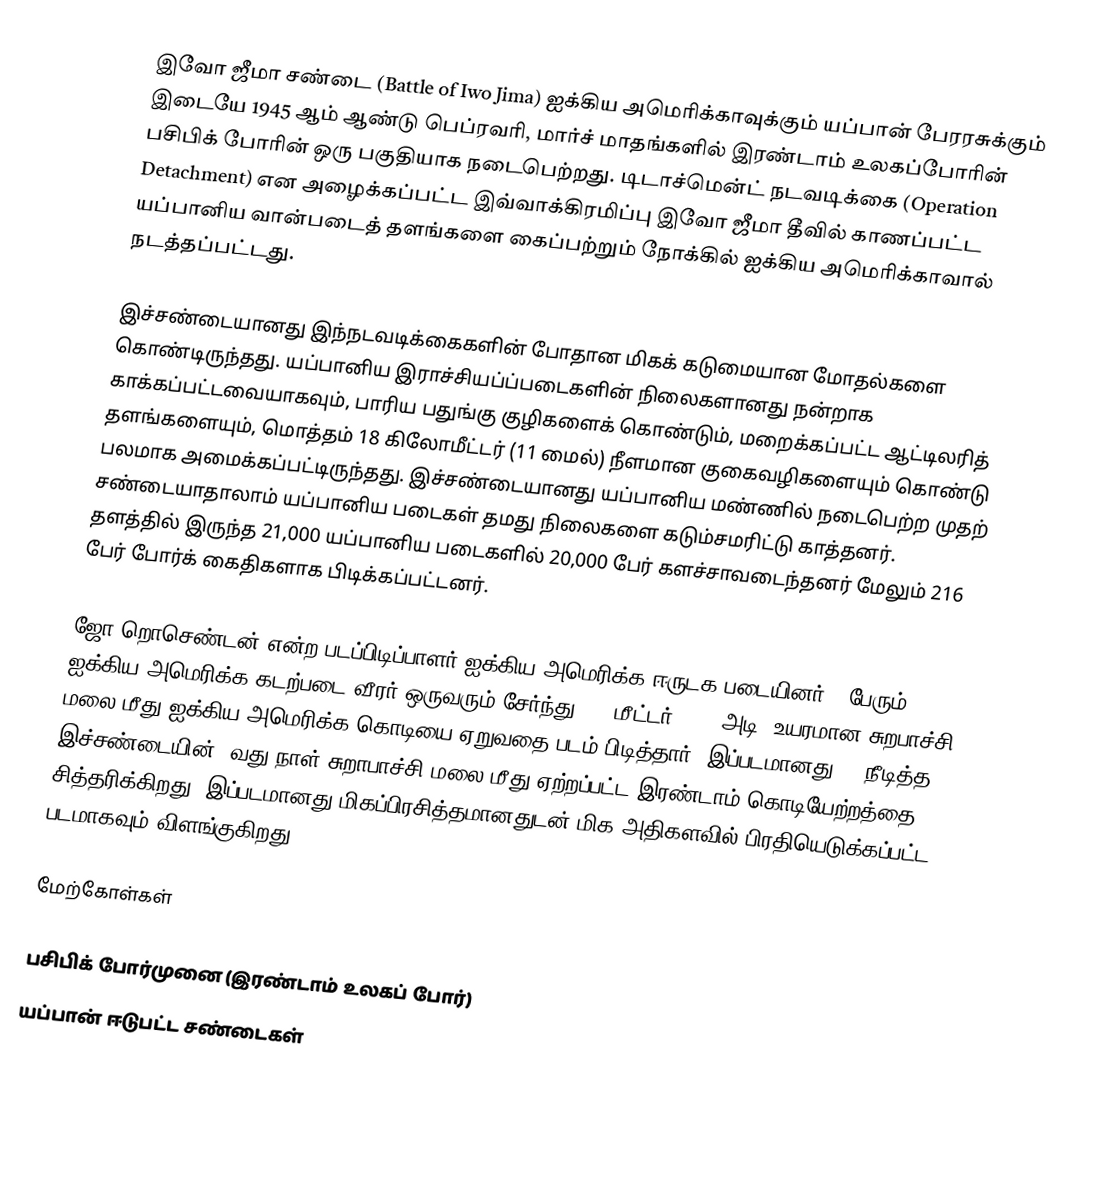
இவோ ஜீமா சண்டை (Battle of Iwo Jima) ஐக்கிய அமெரிக்காவுக்கும் யப்பான் பேரரசுக்கும் இடையே  1945  ஆம் ஆண்டு பெப்ரவரி, மார்ச் மாதங்களில்  இரண்டாம் உலகப்போரின்  பசிபிக் போரின் ஒரு பகுதியாக  நடைபெற்றது.  டிடாச்மென்ட்  நடவடிக்கை (Operation Detachment) என அழைக்கப்பட்ட இவ்வாக்கிரமிப்பு இவோ ஜீமா தீவில் காணப்பட்ட யப்பானிய வான்படைத் தளங்களை கைப்பற்றும் நோக்கில் ஐக்கிய அமெரிக்காவால் நடத்தப்பட்டது.

இச்சண்டையானது இந்நடவடிக்கைகளின் போதான மிகக் கடுமையான மோதல்களை கொண்டிருந்தது. யப்பானிய இராச்சியப்ப்படைகளின்  நிலைகளானது நன்றாக காக்கப்பட்டவையாகவும், பாரிய பதுங்கு குழிகளைக் கொண்டும், மறைக்கப்பட்ட ஆட்டிலரித் தளங்களையும், மொத்தம் 18 கிலோமீட்டர் (11 மைல்) நீளமான குகைவழிகளையும் கொண்டு பலமாக அமைக்கப்பட்டிருந்தது. இச்சண்டையானது யப்பானிய மண்ணில் நடைபெற்ற முதற் சண்டையாதாலாம் யப்பானிய படைகள் தமது நிலைகளை கடும்சமரிட்டு காத்தனர். தளத்தில் இருந்த 21,000 யப்பானிய படைகளில் 20,000 பேர் களச்சாவடைந்தனர் மேலும் 216 பேர் போர்க் கைதிகளாக பிடிக்கப்பட்டனர்.

ஜோ றொசெண்டன் என்ற படப்பிடிப்பாளர் ஐக்கிய அமெரிக்க ஈருடக படையினர் 5 பேரும், ஐக்கிய அமெரிக்க கடற்படை வீரர் ஒருவரும்  சேர்ந்து 166 மீட்டர் (546 அடி) உயரமான சுறபாச்சி மலை மீது ஐக்கிய அமெரிக்க கொடியை ஏறுவதை படம் பிடித்தார். இப்படமானது 35 நீடித்த இச்சண்டையின் 5வது நாள் சுறாபாச்சி மலை மீது ஏற்றப்பட்ட இரண்டாம் கொடியேற்றத்தை சித்தரிக்கிறது. இப்படமானது மிகப்பிரசித்தமானதுடன் மிக அதிகளவில் பிரதியெடுக்கப்பட்ட படமாகவும் விளங்குகிறது.

மேற்கோள்கள்

பசிபிக் போர்முனை (இரண்டாம் உலகப் போர்)
யப்பான் ஈடுபட்ட சண்டைகள்